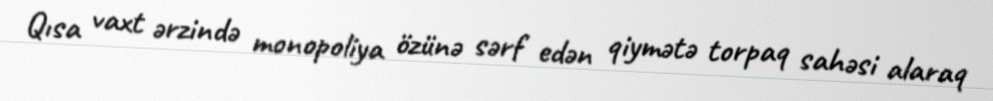
Qısa vaxt ərzində monopoliya özünə sərf edən qiymətə torpaq sahəsi alaraq